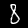
Label: 8